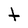
Character: t